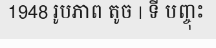
1948 រូបភាព តូច | ទី បញ្ចុះ